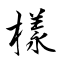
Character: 樣